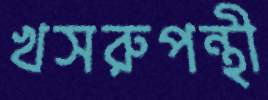
খসরুপন্থী